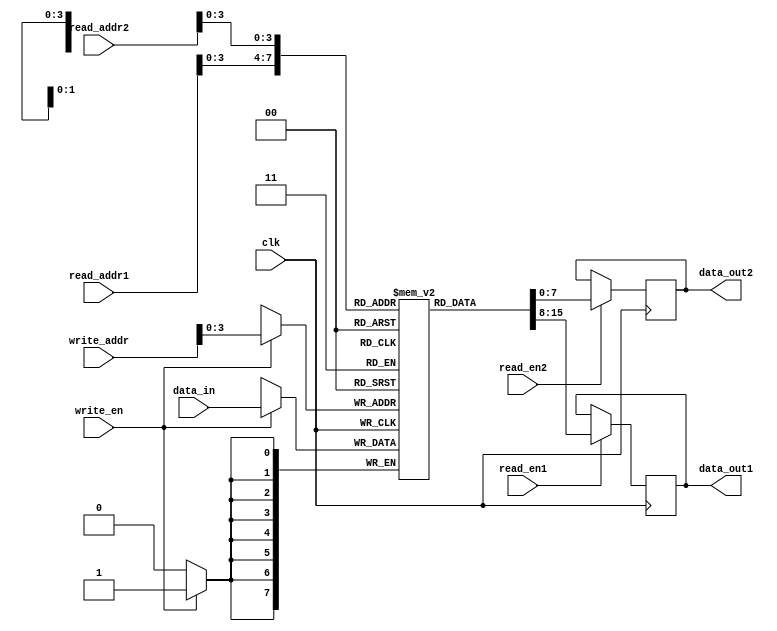
module DualPortRAM #(
    parameter N = 16, // Number of words
    parameter M = 8   // Number of bits per word
) (
    input wire clk,
    input wire [N-1:0] read_addr1,
    input wire [N-1:0] read_addr2,
    output reg [M-1:0] data_out1,
    output reg [M-1:0] data_out2,
    input wire [N-1:0] write_addr,
    input wire [M-1:0] data_in,
    input wire read_en1,
    input wire read_en2,
    input wire write_en
);

reg [M-1:0] mem [N-1:0];

always @(posedge clk) begin
    if (read_en1) begin
        data_out1 <= mem[read_addr1];
    end
    
    if (read_en2) begin
        data_out2 <= mem[read_addr2];
    end
    
    if (write_en) begin
        mem[write_addr] <= data_in;
    end
end

endmodule